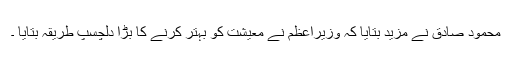
محمود صادق نے مزید بتایا کہ وزیراعظم نے معیشت کو بہتر کرنے کا بڑا دلچسپ طریقہ بتایا ۔